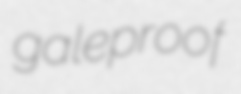
galeproof